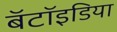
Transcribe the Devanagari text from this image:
बॅटॉइडिया